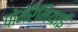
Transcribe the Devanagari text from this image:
पोमेरैनियाई